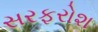
સરફરોશ